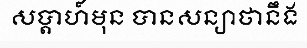
សប្តាហ៍មុន បានសន្យាថានឹង